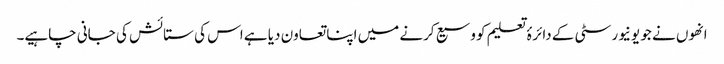
انھوں نے جو یونیورسٹی کے دائرۂ تعلیم کو وسیع کرنے میں اپنا تعاون دیا ہے اس کی ستائش کی جانی چاہیے۔